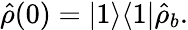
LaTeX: \hat{\rho}(0)=|1\rangle\langle 1|\hat{\rho}_{b}.